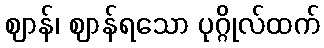
ဈာန်၊ ဈာန်ရသော ပုဂ္ဂိုလ်ထက်